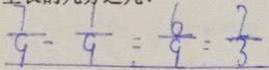
\frac { 7 } { 9 } = \frac { 1 } { 9 } = \frac { 6 } { 9 } = \frac { 2 } { 3 }